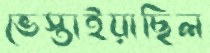
ভেস্তাইয়াছিল